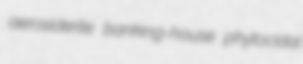
aerosiderite banking-house phytocidal